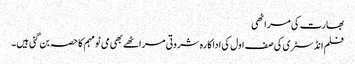
بھارت کی مراٹھی
فلم انڈسٹری کی صف اول کی اداکارہ شروتی مراٹھے بھی می ٹو مہم کا حصہ بن گئی ہیں ۔